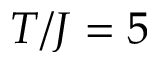
T / J = 5